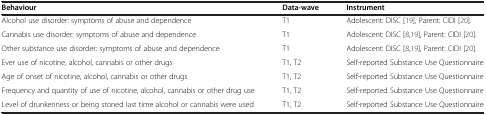
| Behaviour | Data-wave | Instrument |
 | --- | --- | --- |
 | Alcohol use disorder: symptoms of abuse and dependence | T1 | Adolescent: DISC [19], Parent: CIDI [20]. |
 | Cannabis use disorder: symptoms of abuse and dependence | T1 | Adolescent: DISC [8,19], Parent: CIDI [20]. |
 | Other substance use disorder: symptoms of abuse and dependence | T1 | Adolescent: DISC [8,19], Parent: CIDI [20]. |
 | Ever use of nicotine, alcohol, cannabis or other drugs | T1, T2 | Self-reported Substance Use Questionnaire |
 | Age of onset of nicotine, alcohol, cannabis or other drugs | T1, T2 | Self-reported Substance Use Questionnaire |
 | Frequency and quantity of use of nicotine, alcohol, cannabis or other drug use | T1, T2 | Self-reported Substance Use Questionnaire |
 | Level of drunkenness or being stoned last time alcohol or cannabis were used | T1, T2 | Self-reported Substance Use Questionnaire |